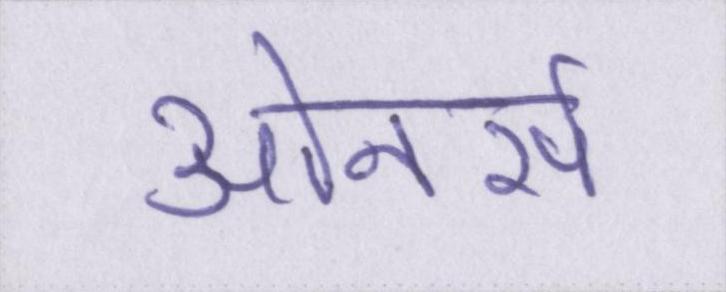
ओनर्स